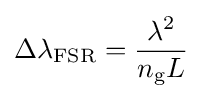
\Delta \lambda _{\text{FSR}}={\frac {\lambda ^{2}}{n_{\text{g}}L}}